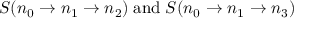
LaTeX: S ( n _ { 0 } \to n _ { 1 } \to n _ { 2 } ) \; \mathrm { a n d } \; S ( n _ { 0 } \to n _ { 1 } \to n _ { 3 } )